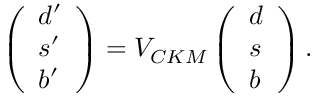
\left( \begin{array} { l } { { d ^ { \prime } } } \\ { { s ^ { \prime } } } \\ { { b ^ { \prime } } } \end{array} \right) = V _ { C K M } \left( \begin{array} { l } { { d } } \\ { { s } } \\ { { b } } \end{array} \right) .